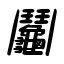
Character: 鬮